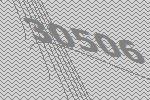
30506